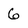
Character: 6